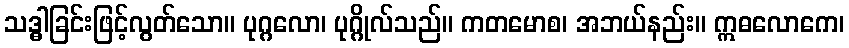
သဒ္ဓါခြင်းဖြင့်လွတ်သော။ ပုဂ္ဂလော၊ ပုဂ္ဂိုလ်သည်။ ကတမောစ၊ အဘယ်နည်း။ ဣဓလောကေ၊